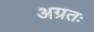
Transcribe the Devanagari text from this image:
अग्रतः